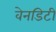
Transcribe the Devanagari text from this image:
वेनडिटी